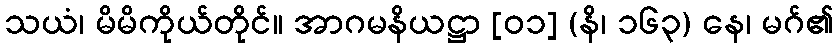
သယံ၊ မိမိကိုယ်တိုင်။ အာဂမနိယဋ္ဌာ [၀၁] (နိ၊ ၁၆၃) နေ၊ မဂ်၏